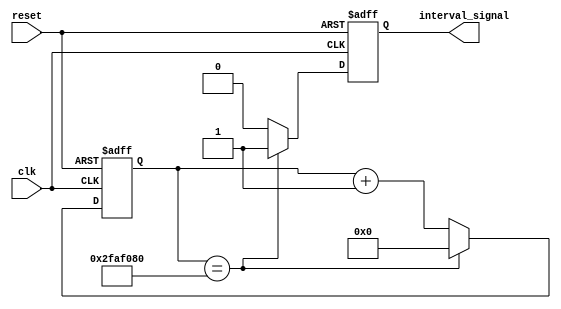
module Interval_timer(
    input wire clk,
    input wire reset,
    output reg interval_signal
);

reg [31:0] counter;

always @(posedge clk or posedge reset) begin
    if (reset) begin
        counter <= 0;
        interval_signal <= 0;
    end else begin
        if (counter == 50000000) begin // Adjust this value for desired interval
            interval_signal <= 1;
            counter <= 0;
        end else begin
            interval_signal <= 0;
            counter <= counter + 1;
        end
    end
end

endmodule